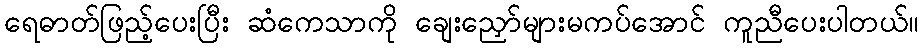
ရေဓာတ်ဖြည့်ပေးပြီး ဆံကေသာကို ချေးညှော်များမကပ်အောင် ကူညီပေးပါတယ်။